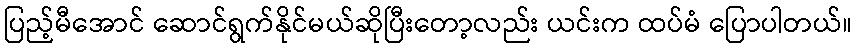
ပြည့်မီအောင် ဆောင်ရွက်နိုင်မယ်ဆိုပြီးတော့လည်း ယင်းက ထပ်မံ ပြောပါတယ်။